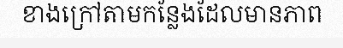
ខាងក្រៅតាមកន្លែងដែលមានភាព